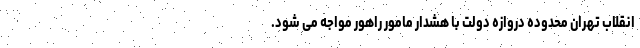
انقلاب تهران محدوده دروازه دولت با هشدار مامور راهور مواجه می شود.